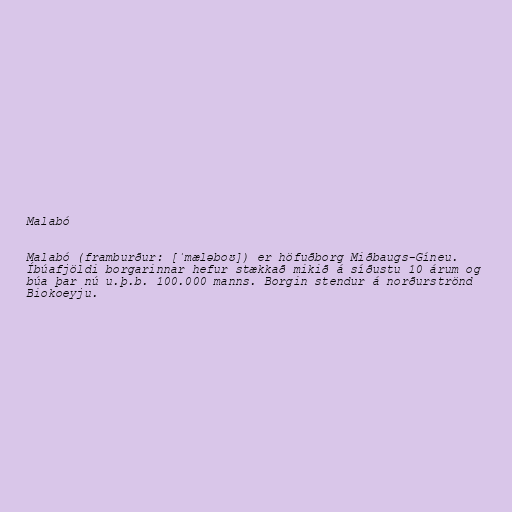
Malabó

Malabó (framburður: [ˈmæləboʊ]) er höfuðborg Miðbaugs-Gíneu.
Íbúafjöldi borgarinnar hefur stækkað mikið á síðustu 10 árum og
búa þar nú u.þ.b. 100.000 manns. Borgin stendur á norðurströnd
Biokoeyju.